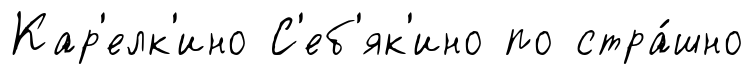
Кар'елк'ино С'еб'як'ино по стра́шно